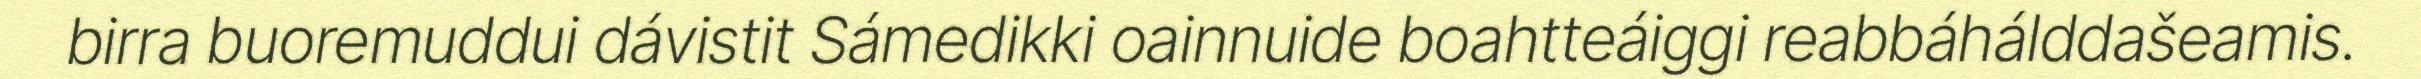
birra buoremuddui dávistit Sámedikki oainnuide boahtteáiggi reabbáhálddašeamis.